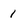
Character: 1